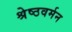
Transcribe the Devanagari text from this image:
श्रेष्ठवर्मन